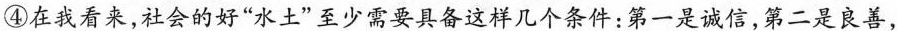
④在我看来，社会的好“水土”至少需要具备这样几个条件：第一是诚信，第二是良善，